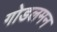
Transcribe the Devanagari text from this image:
गोडलमन